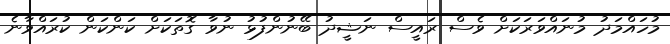
މުހައްމަދު މުނައްވަރަކަށް ވެސް ރައީސް ނަޝީދު ބޭނުންފުޅު ނުވާ ގޮތަކަށް ކަންކަން ކުރައްވާނެ